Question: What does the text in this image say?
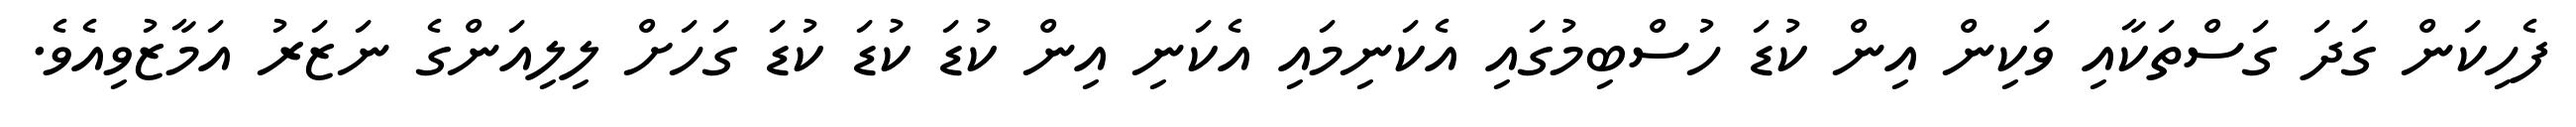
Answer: ފެހިކަން ގަދަ ގަސްތަކާއި ވަކިން އިން ކުޑަ ހުސްބިމުގައި އެކަނިމައި އެކަނި އިން ކުޑަ ކުޑަ ކުޑަ ގަހަށް ލިލިއަންގެ ނަޒަރު އަމާޒުވިއެވެ.